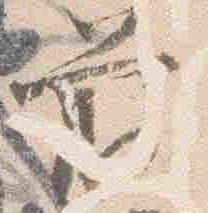
前